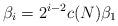
LaTeX: \begin{align*} \beta_i = 2^{i-2} c(N) \beta_1\end{align*}